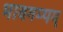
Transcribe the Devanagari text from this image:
भावगम्यम्